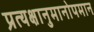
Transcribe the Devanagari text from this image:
प्रत्यक्षानुमानोपमान